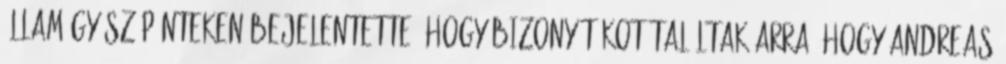
államügyész pénteken bejelentette, hogy bizonyítékot találtak arra, hogy Andreas